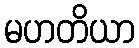
မဟတိယာ